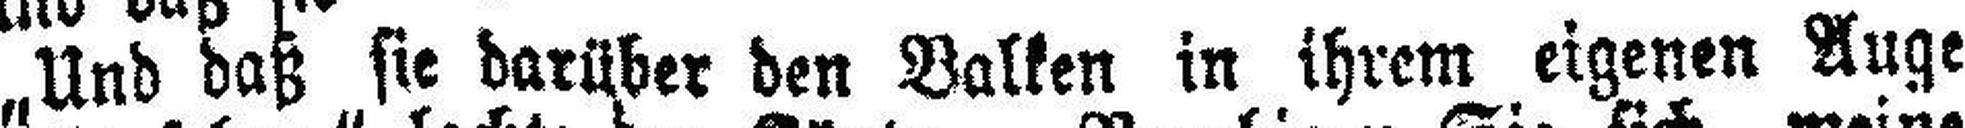
„Und daß sie darüber den Balken in ihrem eigenen Auge